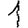
Digit: 1